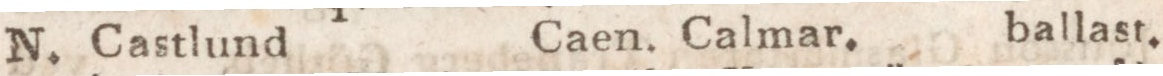
N. Castlund    Caen. Calmar.    ballast.